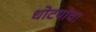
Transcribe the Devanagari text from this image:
धोटयांचा